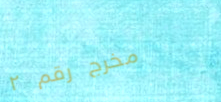
مخرج رقم ٢